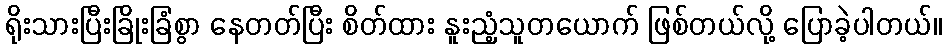
ရိုးသားပြီးခြိုးခြံစွာ နေတတ်ပြီး စိတ်ထား နူးညံ့သူတယောက် ဖြစ်တယ်လို့ ပြောခဲ့ပါတယ်။